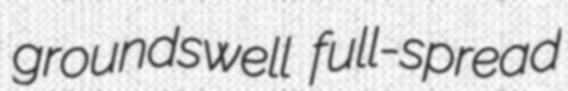
groundswell full-spread